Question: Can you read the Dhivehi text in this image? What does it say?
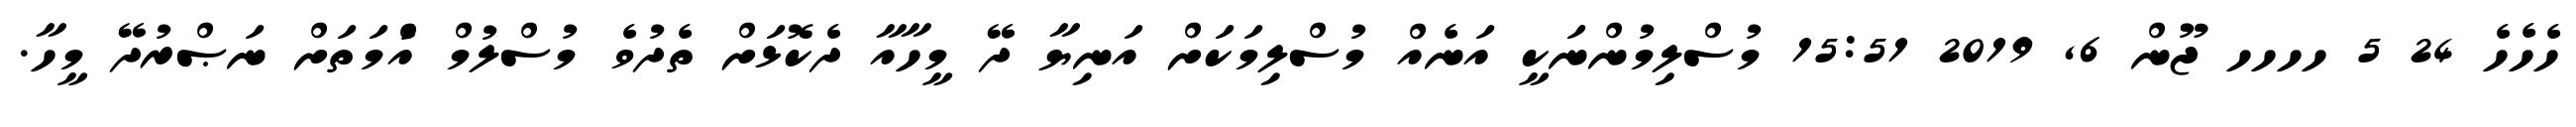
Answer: ހެހެހެ 24 5 ހހހހ ޖޫން 6, 2019 15:51 މުސްލިމުންނަކީ އަނެއް މުސްލިމަކަށް އަނިޔާ ދޭ މީހާއާ ދެކޮޅަށް ތެދުވެ މުސްލުމް އުެްމަތަށް ނަޞްރުދޭ މީހާ.